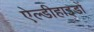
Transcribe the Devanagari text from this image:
ऐल्डीहाइडों